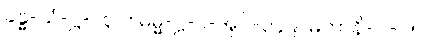
ခန္ဓ-သံ-ဋ္ဌ-၂၃၀။ ဓမ္မ-ဋ္ဌ-ပ-အုပ်-၃၄၉။ မဟာနိ-ပါ-၂၅၊